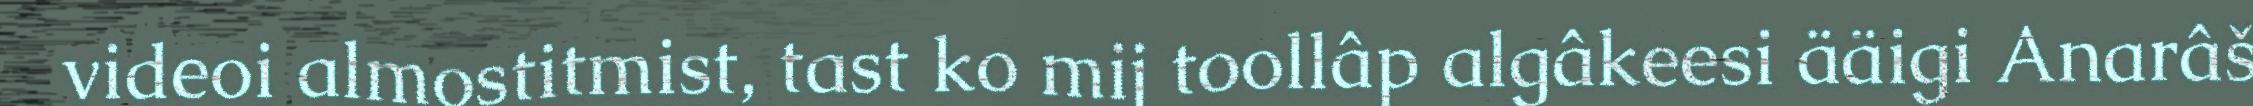
videoi almostitmist, tast ko mij toollâp algâkeesi ääigi Anarâš